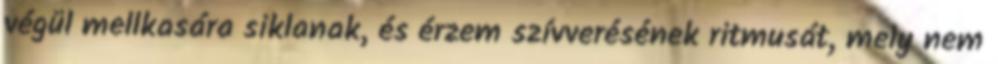
végül mellkasára siklanak, és érzem szívverésének ritmusát, mely nem